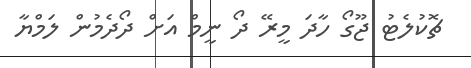
ޗޮކުލެޓު ޖޫގޯ ހާދަ މީރޭ ދޯ ނީމް އަށް ދޯދެމުން ލަމްޔާ